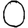
Digit: 0